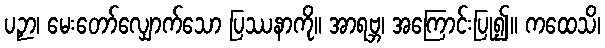
ပဉှာ၊ မေးတော်လျှောက်သော ပြဿနာကို။ အာရဗ္ဘ၊ အကြောင်းပြု၍။ ကထေသိ၊